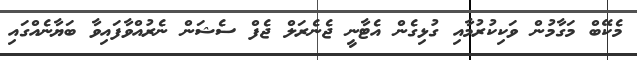
މެކޭބް މަގާމުން ވަކިކުރުމާއި ގުޅިގެން އެޓާނީ ޖެނެރަލް ޖެފް ސެޝަން ނެރުއްވާފައިވާ ބަޔާނެއްގައި